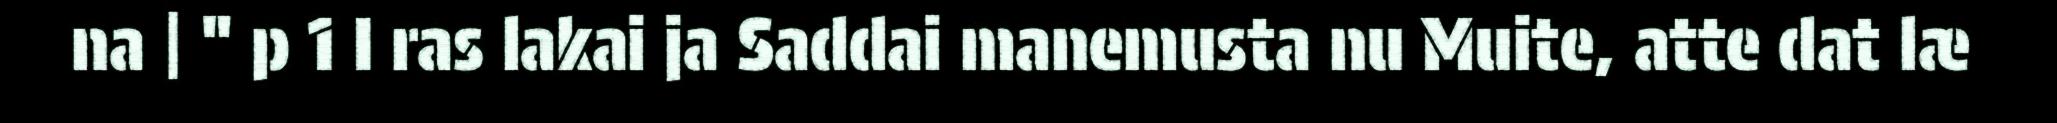
na | " p 1 I ras lakai ja Saddai manemusta nu Muite, atte dat læ